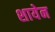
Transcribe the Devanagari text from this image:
शायेन